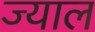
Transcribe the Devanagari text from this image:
ज्याल